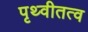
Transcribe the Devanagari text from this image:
पृथ्वीतत्व